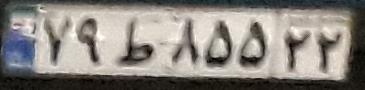
۷۹ط۸۵۵۲۲